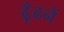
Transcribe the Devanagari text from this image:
ढूँढनें